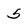
Character: 5